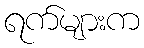
ရက်များက